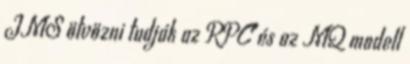
JMS ötvözni tudják az RPC és az MQ modell